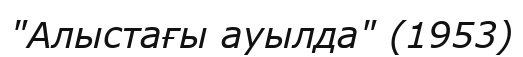
"Алыстағы ауылда" (1953)